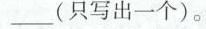
___(只写出一个)。